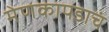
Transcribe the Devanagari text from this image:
मेणकापडाचं